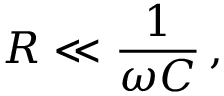
R \ll { \frac { 1 } { \omega C } } \, ,